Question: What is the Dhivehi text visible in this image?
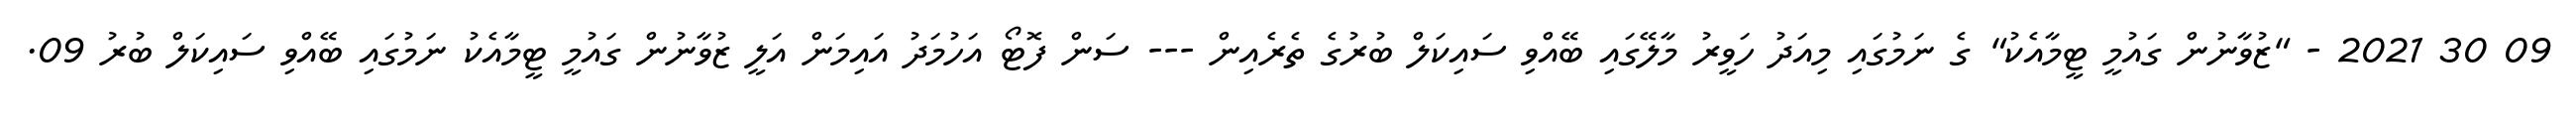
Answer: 09 30 2021 - "ޒުވާނުން ގައުމީ ޓީމާއެކު" ގެ ނަމުގައި މިއަދު ހަވީރު މާލޭގައި ބޭއްވި ސައިކަލް ބުރުގެ ތެރެއިން --- ސަން ފޮޓޯ އަހުމަދު އައިމަން އަލީ ޒުވާނުން ގައުމީ ޓީމާއެކު ނަމުގައި ބޭއްވި ސައިކަލް ބުރު 09.